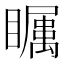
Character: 𱳔